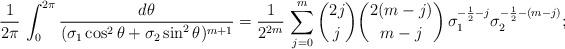
LaTeX: \begin{align*}\frac1{2\pi}\,\int_0^{2\pi} \frac{d\theta}{(\sigma_1\cos^2\theta + \sigma_2\sin^2\theta)^{m+1}} = \frac1{2^{2m}}\,\sum_{j=0}^m {2j\choose j} {2(m-j)\choose m-j}\,\sigma_1^{-\frac12-j}\sigma_2^{-\frac12-(m-j)};\end{align*}